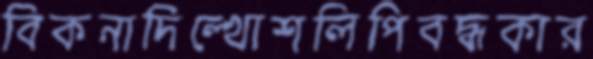
বিকনাদিল্‌খোশলিপিবদ্ধকার